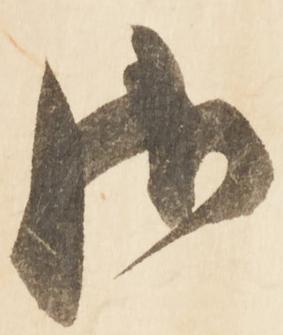
御